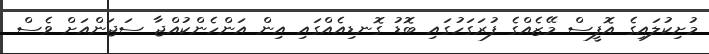
މުށިކުލައިގެ އޮފީސް މޭޒެއްގެ ފުރަގަހުގައި ބޮޑު ގޮނޑިއެއްގައި އިން އަންހެންކުއްޖާ ސަޖަންއަށް ވެސް